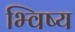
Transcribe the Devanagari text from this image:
भ्विष्य